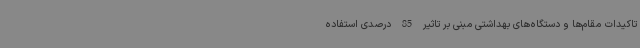
تاکیدات مقام‌ها و دستگاه‌های بهداشتی مبنی بر تاثیر 85 درصدی استفاده